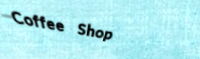
Coffee Shop